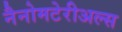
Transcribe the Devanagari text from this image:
नैनोमटेरीअल्स